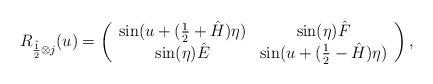
\begin{align*}R_{\hat{\frac12} \otimes j} (u) =\left(\begin{array}{cccc}\sin(u+(\frac{1}{2}+\hat{H})\eta) & \sin(\eta) \hat{F} \\\sin(\eta) \hat{E} & \sin(u+(\frac{1}{2}-\hat{H})\eta) \\\end{array}\right),\end{align*}